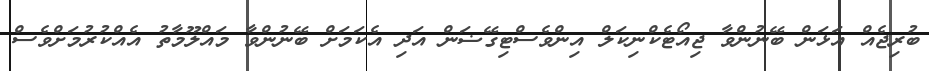
ބުރިޖެއް އަޅަން ބޭނުންވާ ޖިއޯޓެކްނިކަލް އިންވެސްޓިގޭޟަން އަދި އެކަމަށް ބޭނުންވާ މައްލޫމާތު އެއްކުރުމަށްވެސް